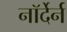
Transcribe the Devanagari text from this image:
नॉर्देर्न